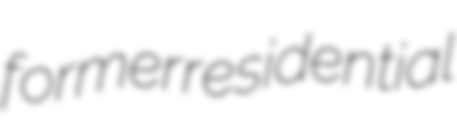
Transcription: former residential